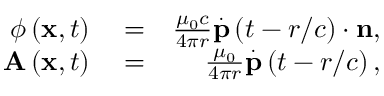
\begin{array} { r l r } { \phi \left( \mathbf { x } , t \right) } & { { } = } & { \frac { \mu _ { 0 } c } { 4 \pi r } \overset { . } { \mathbf { p } } \left( t - r / c \right) \cdot \mathbf { n } , } \\ { \mathbf { A } \left( \mathbf { x } , t \right) } & { { } = } & { \frac { \mu _ { 0 } } { 4 \pi r } \overset { . } { \mathbf { p } } \left( t - r / c \right) , } \end{array}